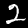
Label: 2